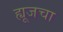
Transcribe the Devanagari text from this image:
ह्यूजचा